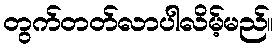
တွက်တတ်လာပါလိမ့်မည်။